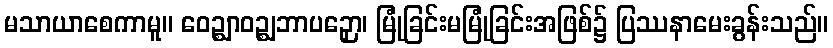
မသာယာစေကာမူ။ ဝေဉ္ဈာဝဉ္ဈဘာပဉှော၊ မြုံခြင်းမမြုံခြင်းအဖြစ်၌ ပြဿနာမေးခွန်းသည်။